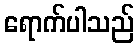
ရောက်ပါသည်